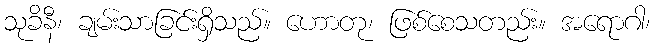
သုခိနီ၊ ချမ်းသာခြင်းရှိသည်။ ဟောတု၊ ဖြစ်စေသတည်း။ အရောဂါ၊